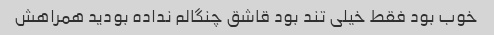
خوب بود فقط خیلی تند بود قاشق چنگالم نداده بودید همراهش